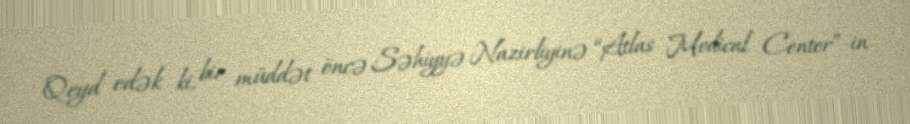
Qeyd edək ki, bir müddət öncə Səhiyyə Nazirliyinə “Atlas Medical Center”-in